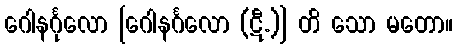
ဂေါနင်္ဂုလော [ဂေါနင်္ဂလော (ဋီ.)] တိ သော မတော။